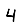
Digit: 4